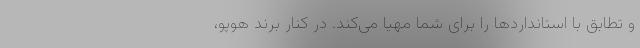
و تطابق با استانداردها را برای شما مهیا می‌کند. در کنار برند هوپو،